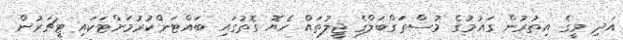
އަދި މީގެ އިތުރުން ގައުމުގެ މުސްތަގްބަލްގެ ޖީލުތައް ހެޔޮ ގޮތުގައި ބައްޓަންކުރުމަށްޓަކައި ޓީޗަރުން